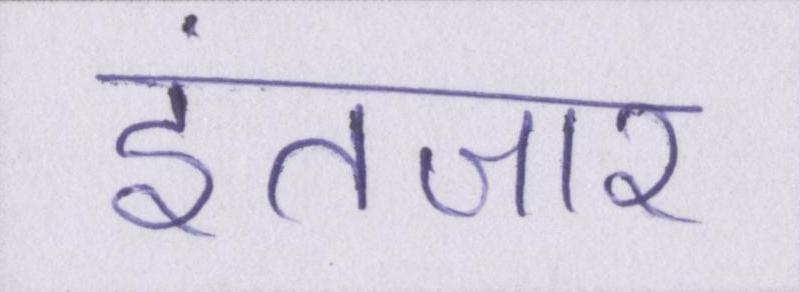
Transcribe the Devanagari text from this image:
इंतजार